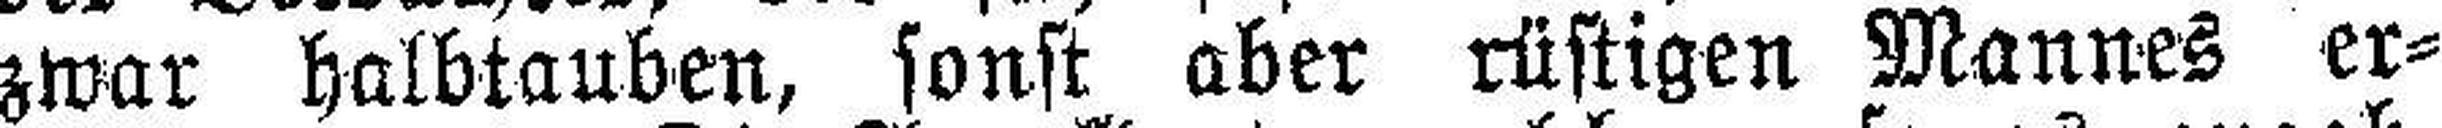
zwar halbtauben, sonst aber rüstigen Mannes er¬